Newspaper: Daily Ohio statesman. [volume]
Place of publication: Columbus, Ohio
Publisher: S. Medary
Date: 1865-06-21 00:00:00
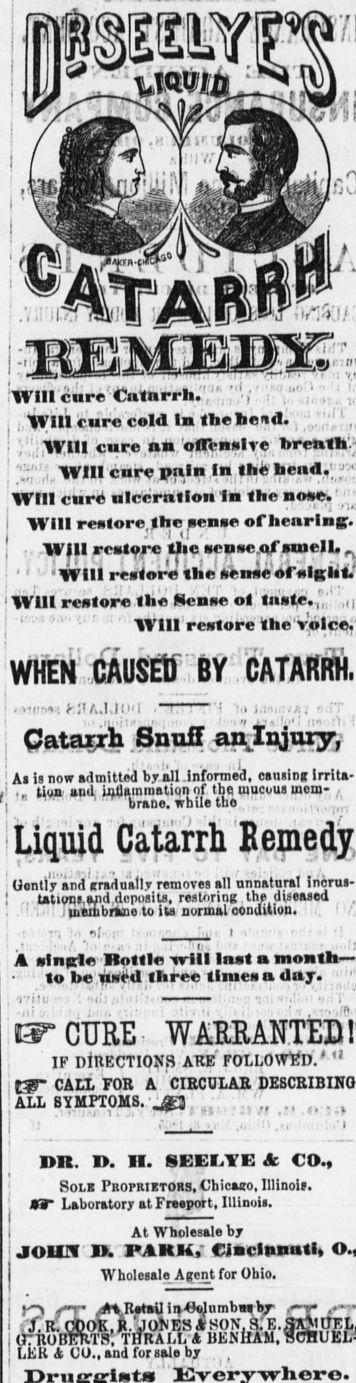
Advertisement text (OCR):
Wlircure'Cailarrh.","'. ''.'i " '""'. .' !. j.Svili cure cold In thebend. , ', .Will cure, ait 'olRalre Will cnre.pnls In thi Will ciirsi nlccrntion 1b the nose. ' Will retore,lie eene of hearing:. vart. . n u A MAMMA Af .niftll. I " ' 'Will reet'or) ihe enne ofelKBt.' j Will restore the Senne ot tn't,e. "K' ,,i j i . i (. ; ivm reBOPe the voice, -.: r JUv.l.ld'l '' 'J.I t.l'i I Qataijh Snull an.Iiijuiy j As is now admitted by all .Informed, causing Irrita- .. tioa and uuiaininaiion 01 inu uucuua iuw- n Tirana, while the .; . Liquid Catarrh 'Bemedj Uontl'y and gradually removes all unnatural Incrus .. tations.sjid doposits, restoring the diseased , . ' , -, 1 uieiiibraue to ita normal oondition. .. ; A etnsrle Bottle -will lnat month 1 to be Tt'l three times a day. "' CURE- WAERAN.TED1 IF DIRECTIONS ARE FOLLOWED.' " tW" CALL FOR A CIRCOLAB DESCRIBING ATT. SYMPTOMS fit IR. I. II. 8EEI.YE& CO., Soli Proprietors, Cbicaeo, Illinois. rr Laboratory at Freeport, IUinoia. At Wholesale by JOIITf n PAHU; Ciactttnati Wholesale Agent for Ohio. ft jtrk Retail IrtOalnmbaibr' OTRO BERTS, xHRALL A BEKllAM, oCHCEL litiK a vu., and tor sate oy . , , '
Label: illustrations